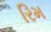
રિમ